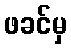
ဖခင်မှ